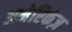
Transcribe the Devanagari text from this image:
अमेरिकंज़